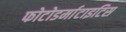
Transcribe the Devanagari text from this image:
फोटोडर्माटाइटिस